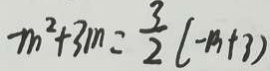
- m ^ { 2 } + 3 m = \frac { 3 } { 2 } ( - m + 3 )